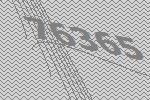
76365